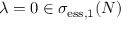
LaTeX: \lambda = 0 \in \sigma _ { \mathrm { e s s } , 1 } ( N )